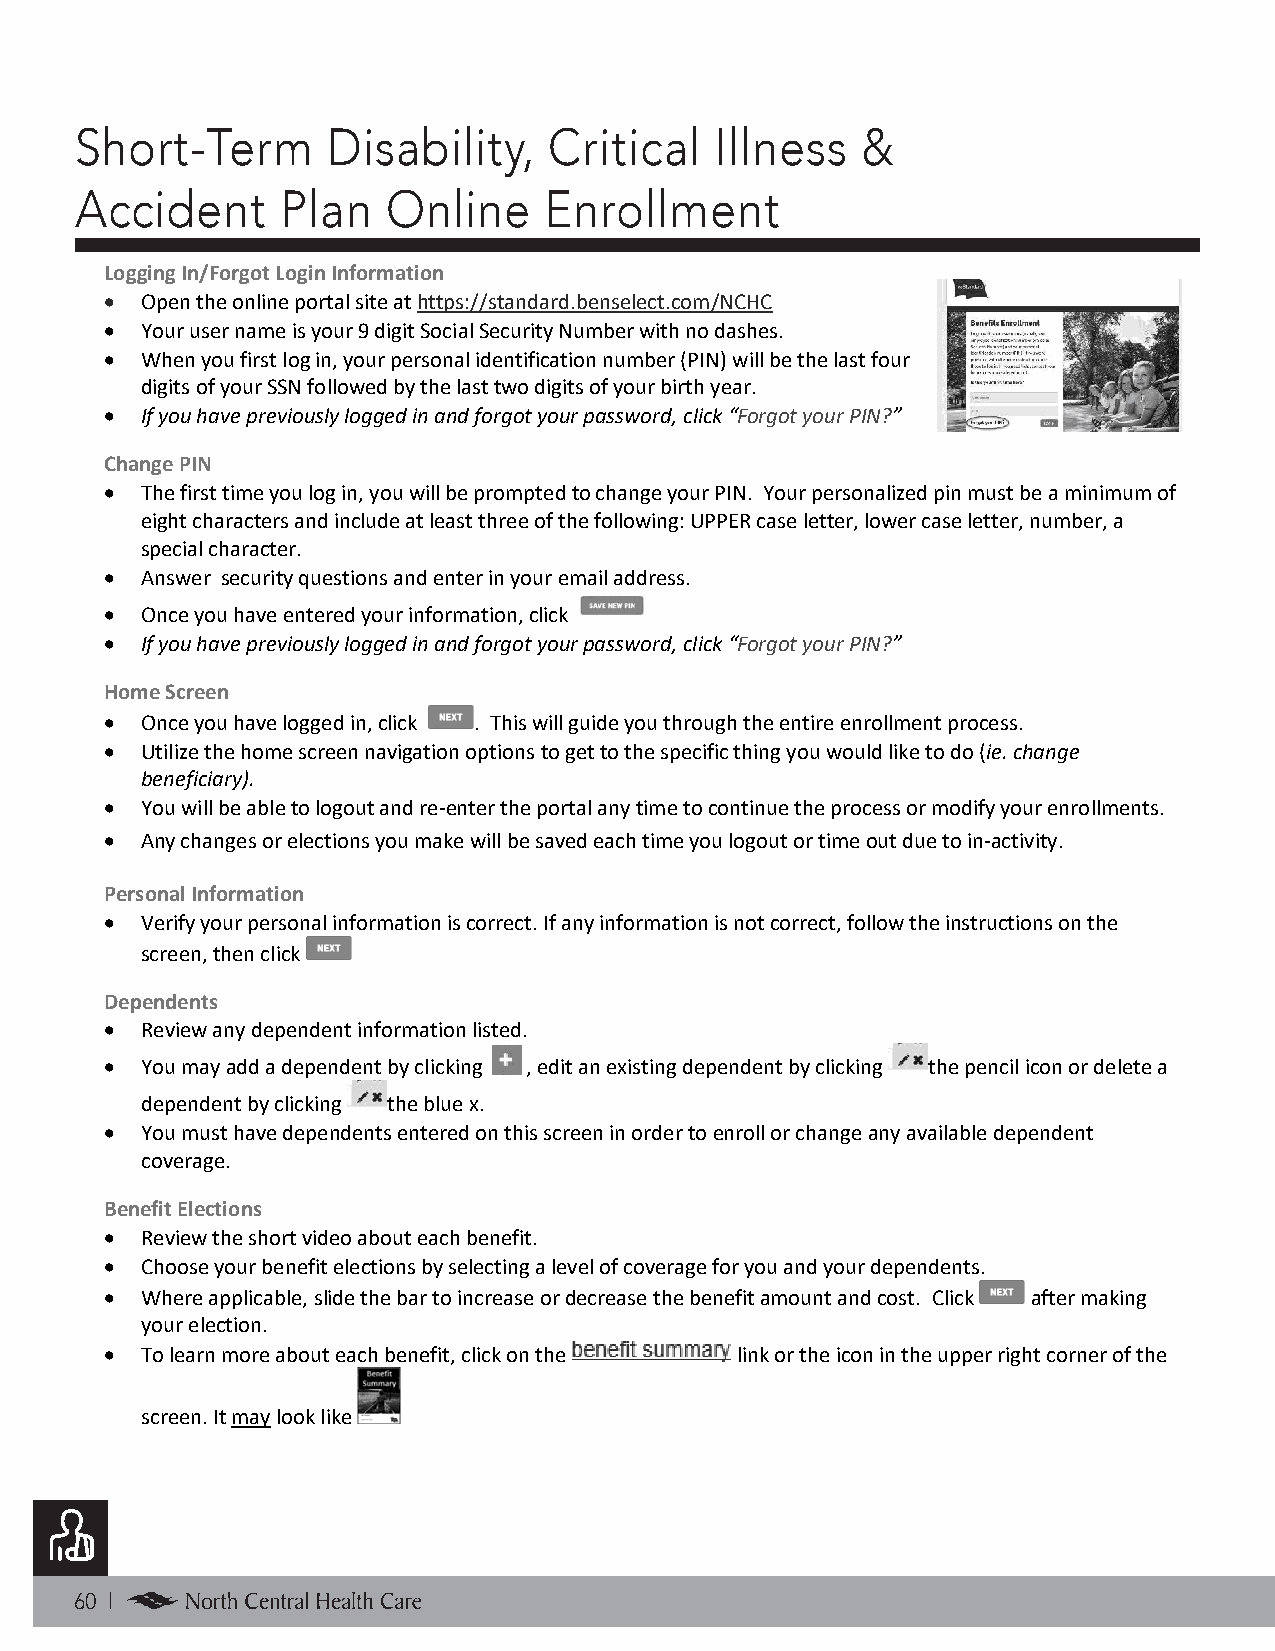
Short-Term       Disability,   Critical   Illness   &
 Accident      Plan   Online    Enrollment
 North Central Health Care                 Ready Enroll Employee Guide
 Logging In/Forgot Login Information
 • Open the online portal site at https://standard.benselect.com/NCHC
 • Your user name is your 9 digit Social Security Number with no dashes.
 • When you first log in, your personal identification number (PIN) will be the last four
 digits of your SSN followed by the last two digits of your birth year.
 • If you have previously logged in and forgot your password, click “Forgot your PIN?”
 Change PIN
 • The first time you log in, you will be prompted to change your PIN. Your personalized pin must be a minimum of
 eight characters and include at least three of the following: UPPER case letter, lower case letter, number, a
 special character.
 • Answer security questions and enter in your email address.
 • Once you have entered your information, click
 • If you have previously logged in and forgot your password, click “Forgot your PIN?”
 Home Screen
 • Once you have logged in, click . This will guide you through the entire enrollment process.
 • Utilize the home screen navigation options to get to the specific thing you would like to do (ie. change
 beneficiary).
 • You will be able to logout and re-enter the portal any time to continue the process or modify your enrollments.
 • Any changes or elections you make will be saved each time you logout or time out due to in-activity.
 Personal Information
 • Verify your personal information is correct. If any information is not correct, follow the instructions on the
 screen, then click
 Dependents
 • Review any dependent information listed.
 • You may add a dependent by clicking , edit an existing dependent by clicking the pencil icon or delete a
 dependent by clicking the blue x.
 • You must have dependents entered on this screen in order to enroll or change any available dependent
 coverage.
 Benefit Elections
 • Review the short video about each benefit.
 • Choose your benefit elections by selecting a level of coverage for you and your dependents.
 • Where applicable, slide the bar to increase or decrease the benefit amount and cost. Click after making
 your election.
 • To learn more about each benefit, click on the link or the icon in the upper right corner of the
 screen. It may look like
 60 |